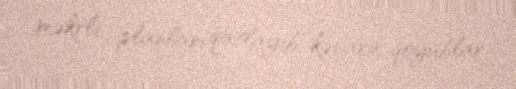
məkrli planları qatlayıb kənara qoyublar.